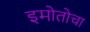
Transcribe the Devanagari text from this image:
इमोतोचा